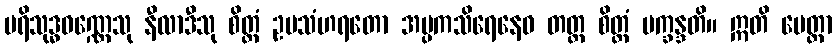
ပရိသုဒ္ဓဝဏ္ဏေသု နီလာဒီသု စိတ္တံ ဥပသံဟရတော အပ္ပကသိရေနေဝ တတ္ထ စိတ္တံ ပက္ခန္ဒတိ။ ဣတိ မေတ္တာ